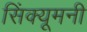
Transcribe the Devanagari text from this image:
सिंक्यूमनी